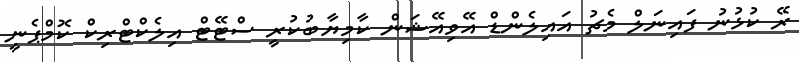
ރޭ ކުޅުނު ފައިނަލް މެޗު އައިލެންޑް އޭވިއޭޝަން ކާމިޔާބުކުރީ ސްޓޭޓް އިލެކްޓްރިކް ކޮމްޕެނީ